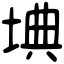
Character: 㙉